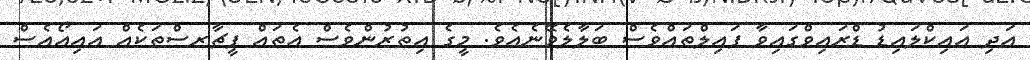
އަދި އައިކްލައިޑު ޑްރައިވްގައިވާ ފައިލްތައްވެސް ބަލާލެވޭނެއެވެ. މީގެ އިތުރުންވެސް އެތައް ފީޗާރސްތަކެއް އައިއޯއެސް